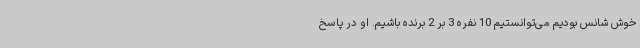
خوش شانس بودیم می‌توانستیم 10 نفره 3 بر 2 برنده باشیم. او در پاسخ